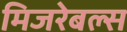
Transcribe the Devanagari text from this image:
मिजरेबल्स